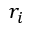
r _ { i }